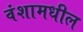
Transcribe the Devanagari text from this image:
वंशामधील